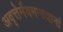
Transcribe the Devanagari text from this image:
अवृत्तेर्मयमन्त्यानां